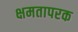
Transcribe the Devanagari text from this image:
क्षमतापरक